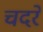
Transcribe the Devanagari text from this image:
चदरें